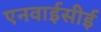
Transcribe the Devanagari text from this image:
एनवाईसीई